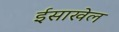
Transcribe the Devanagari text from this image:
ईसाखेल